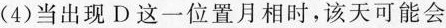
(4)当出现D这一位置月相时，该天可能会